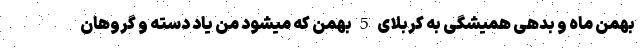
بهمن ماه و بدهی همیشگی به کربلای 5 بهمن که میشود من یاد دسته و گروهان